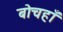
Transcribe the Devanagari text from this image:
बोचहाँ